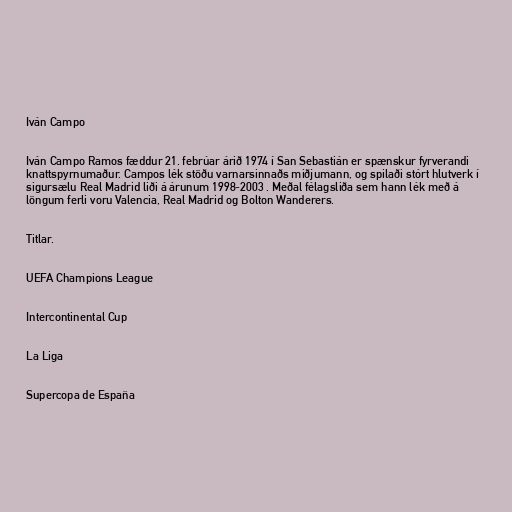
Iván Campo

Iván Campo Ramos fæddur 21. febrúar árið 1974 í San Sebastián er spænskur fyrverandi
knattspyrnumaður. Campos lék stöðu varnarsinnaðs miðjumann, og spilaði stórt hlutverk í
sigursælu Real Madrid liði á árunum 1998-2003 . Meðal félagsliða sem hann lék með á
löngum ferli voru Valencia, Real Madrid og Bolton Wanderers.

Titlar.

UEFA Champions League

Intercontinental Cup

La Liga

Supercopa de España